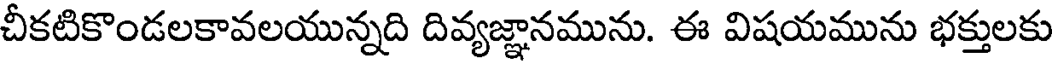
చీకటికొండలకావలయున్నది దివ్యజ్ఞానమును. ఈ విషయమును భక్తులకు